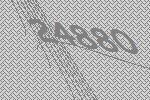
24880